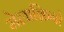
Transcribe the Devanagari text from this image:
मेलाक्रिनो